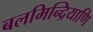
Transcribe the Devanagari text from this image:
बलमिन्द्रियाणि